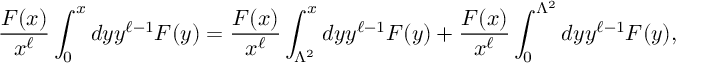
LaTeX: { \frac { F ( x ) } { x ^ { \ell } } } \int _ { 0 } ^ { x } d y y ^ { \ell - 1 } F ( y ) = { \frac { F ( x ) } { x ^ { \ell } } } \int _ { \Lambda ^ { 2 } } ^ { x } d y y ^ { \ell - 1 } F ( y ) + { \frac { F ( x ) } { x ^ { \ell } } } \int _ { 0 } ^ { \Lambda ^ { 2 } } d y y ^ { \ell - 1 } F ( y ) ,